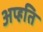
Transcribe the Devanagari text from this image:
अप्ह्रति